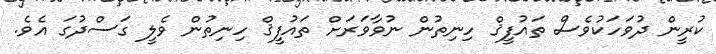
ކުރީން ދުވަހަކުވެސް ތައުފީޤް ހިނިތުން ނުވާވަރަށް ތައުފީޤް ހިނިތުން ވެލީ ގަސްދުގަ އެވެ.